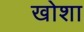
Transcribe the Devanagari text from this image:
खोशा